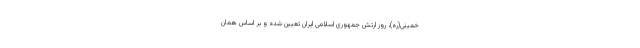
خمینی(ره)، روز ارتش جمهوری اسلامی ایران تعیین شده و بر اساس همان